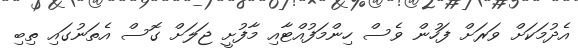
އެދުމަކަށް ވަރަށް ފަހުން ވެސް ހިންމަފުއްޓާއި މާފުށީ ޖަލަށް ގޮސް އެތަނުގައި ތިބި